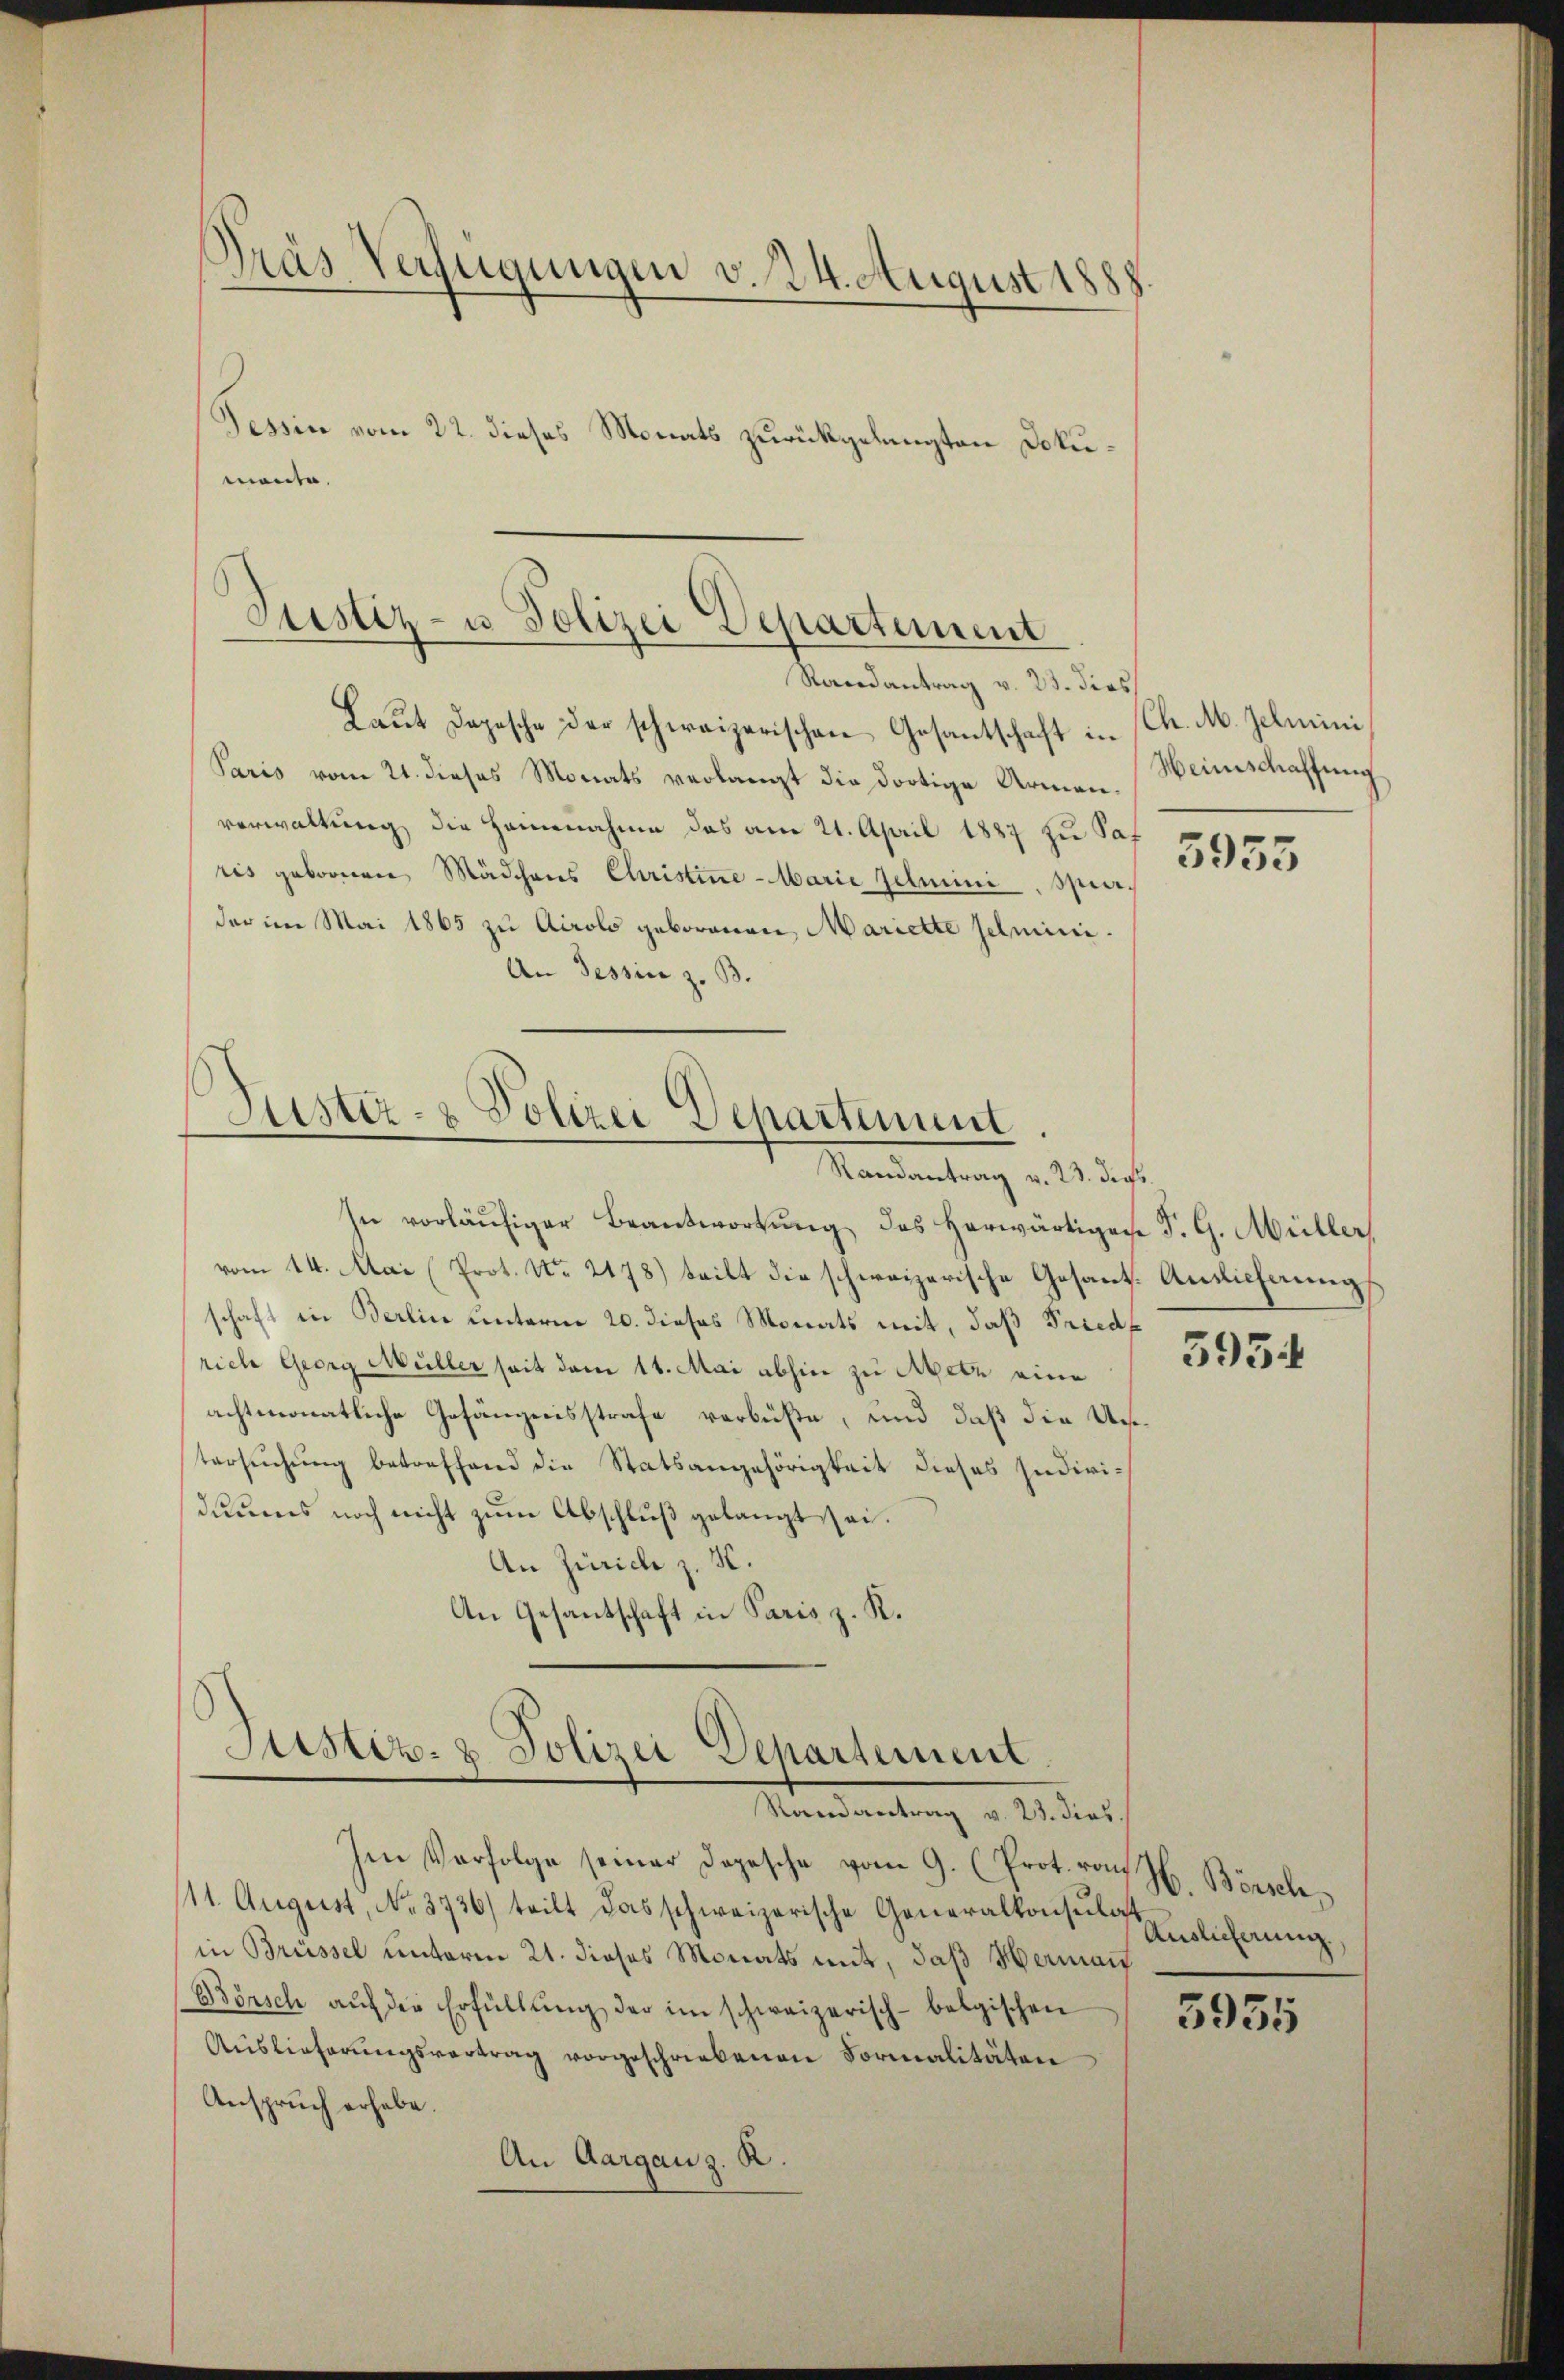
Pras Verfügungen v. 24. August 1887
Tessin vom 22. dieses Monats zurückgelangten Dokumante.

Justiz- u Polizei Departement
Randantrag v. 23. dies

Laŭt Depesche der schweizerischen Gesantschaft in (Ch. M. Zelmini
Paris vom 21. dieses Monats verlangt die dortige Armenverwaltung die Hannahme das am 21. April 1887 zu Saf
ris gebornen Mädchens Christine-Marie Zelmini Spieder im Mai 1865 zu Airolo geborenen, Mariette schmini¬
Un Tessin z. B.

ustiz- & Polizei Departement.
Randantrag v. 23. dies

Aister- & Polizei Departement
Randantrag v. 23. dies.

Im Verfolge seiner Depesche vom 9. (Prot. von H. Börsch
11. August, No. 3736) teilt das schweizerische Generalkonsulat
in Brüssel unterm 21. dieses Monats mit, daß Hermann
Börsch aŭf der Erfüllung der im schweizerisch-belgischen
Aŭslieferŭngsvertrag vorgeschriebenen Formalitäten
Anspruch erhabe.
An Aargau z. B.

In vorläufiger Beantwortung des herwärtiges P. G. Müller,
vom 14. Mai (Prot. No. 2178) teilt die schweizerische Gesant. Ansicherung
schaft in Berlin unterm 20. dieses Monats mit, daß Friedf
rich Georg Müller seit dem 11. Mai abhin zu Metz eine
achtmonatliche Gefängnisstrafe verbüßte, und daß die Untersuchung betreffend die Statsangehörigkeit dieses Individuums noch nicht zum Abschluß gelangt sei.
An Zürich z. K.
An Gesantschaft in Paris z. K.

Weinschaffung

3955

5934

Auslieferung,

3955